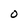
Character: O